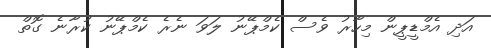
އަދި އެމްޑީޕީން މިހާރު ވެސް ކެމްޕޭނު ލަވަ ނެރެ ކެމްޕޭނު ކުރާނެ ގޮތް